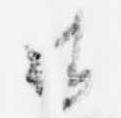
御